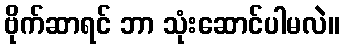
ဗိုက်ဆာရင် ဘာ သုံးဆောင်ပါမလဲ။